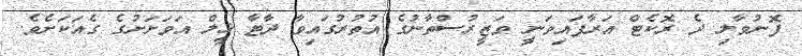
ފޮނުވާލި ދެ ރޮކެޓް އަރާފައިވަނީ ވަޒީރުސްތާނުގެ އުތުރުގައިވާ ދާޓާ ޚީލް އަވަށަށުގެ ގެއަކަށެވެ.